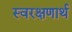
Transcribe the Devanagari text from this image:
स्वरक्षणार्थ